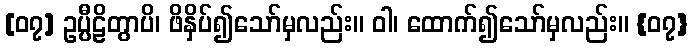
[၀၇] ဥပ္ပီဠိတွာပိ၊ ဖိနှိပ်၍သော်မှလည်း။ ဝါ၊ ထောက်၍သော်မှလည်း။ {၀၇}